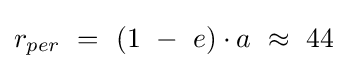
{\begin{matrix}r_{per}\ =\ (1\ -\ e)\cdot a\ \approx \ 44\end{matrix}}